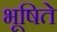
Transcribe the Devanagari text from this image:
भूषिते